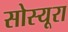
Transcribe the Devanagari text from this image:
सोस्यूरा